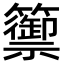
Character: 籞